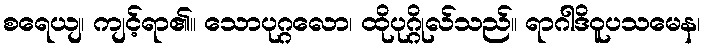
စရေယျ၊ ကျင့်ရာ၏။ သောပုဂ္ဂလော၊ ထိုပုဂ္ဂိုလ်သည်။ ရာဂါဒိဝူပသမေန၊